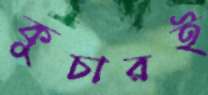
কুচারই